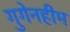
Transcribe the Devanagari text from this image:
गुगेनहीम